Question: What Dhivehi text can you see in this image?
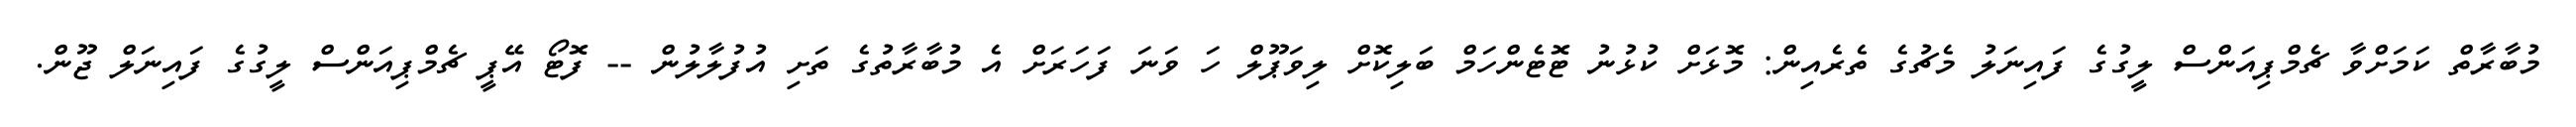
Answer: މުބާރާތް ކަމަށްވާ ޗެމްޕިއަންސް ލީގުގެ ފައިނަލު މެޗުގެ ތެރެއިން: މޮޅަށް ކުޅުނު ޓޮޓެންހަމް ބަލިކޮށް ލިވަޕޫލް ހަ ވަނަ ފަހަރަށް އެ މުބާރާތުގެ ތަށި އުފުލާލުން -- ފޮޓޯ އޭޕީ ޗެމްޕިއަންސް ލީގުގެ ފައިނަލް ޖޫން.